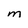
Character: M